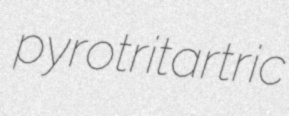
pyrotritartric